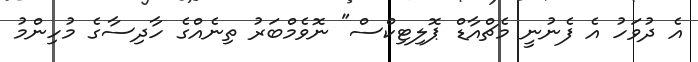
އެ ދުވަހު އެ ފެނުނީ މެޗްއާޑް ޕޮލިޓިކްސް" ނޮވެމްބަރު ތިނެއްގެ ހާދިސާގެ މުހިންމު